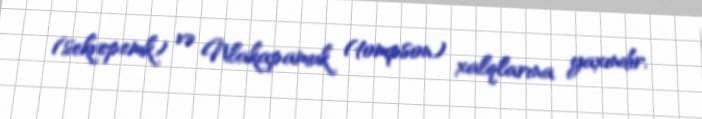
(sekvepemk) və Nlakapamuk (tompson) xalqlarına yaxındır.